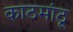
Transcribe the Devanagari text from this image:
काठमांठू